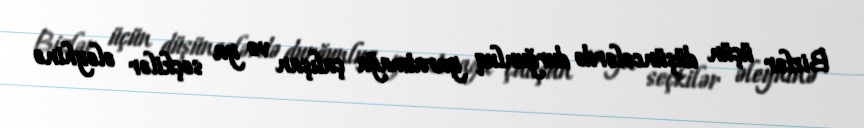
Bizlər üçün düşüncələrdə durğunluq yaratmağa çalışan və ya seçkilər əleyhinə